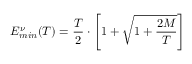
E _ { m i n } ^ { \nu } ( T ) = \frac { T } { 2 } \cdot \left[ 1 + \sqrt { 1 + \frac { 2 M } { T } } \right]